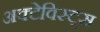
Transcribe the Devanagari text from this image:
अक्टेविस्ट्स